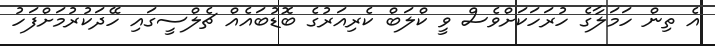
އެ ތިން ހަމަލާގެ ހުރަހަކަށްވެސް ވީ ކްލަބް ކެރިއަރުގެ ބޮޑުބައެއް ޗެލްސީގައި ހޭދަކުރުމަށްފަހު